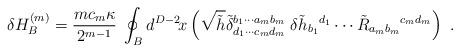
\begin{align*}\delta H_B^{(m)} =\frac{mc_m\kappa}{2^{m-1}}\;\oint_Bd^{D-2}\!x\left(\sqrt{\tilde{h}}\tilde{\delta}_{d_1\cdots c_md_m}^{b_1\cdots a_mb_m}\;\delta\tilde{h}_{b_1}{}^{d_1}\cdots \tilde{R}_{a_mb_m}{}^{c_md_m}\right)\ .\end{align*}